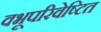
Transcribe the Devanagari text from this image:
वभूपरिवेष्टित